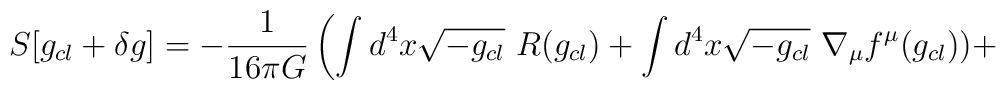
S[ g_{cl}+\delta g]=-\frac{1}{16\pi G}\left(\int d^{4}x\sqrt{-g_{cl}}~R(g_{cl})+\int d^{4}x \sqrt{-g_{cl}}~\nabla _{\mu}f^{\mu}(g_{cl})) + \right.